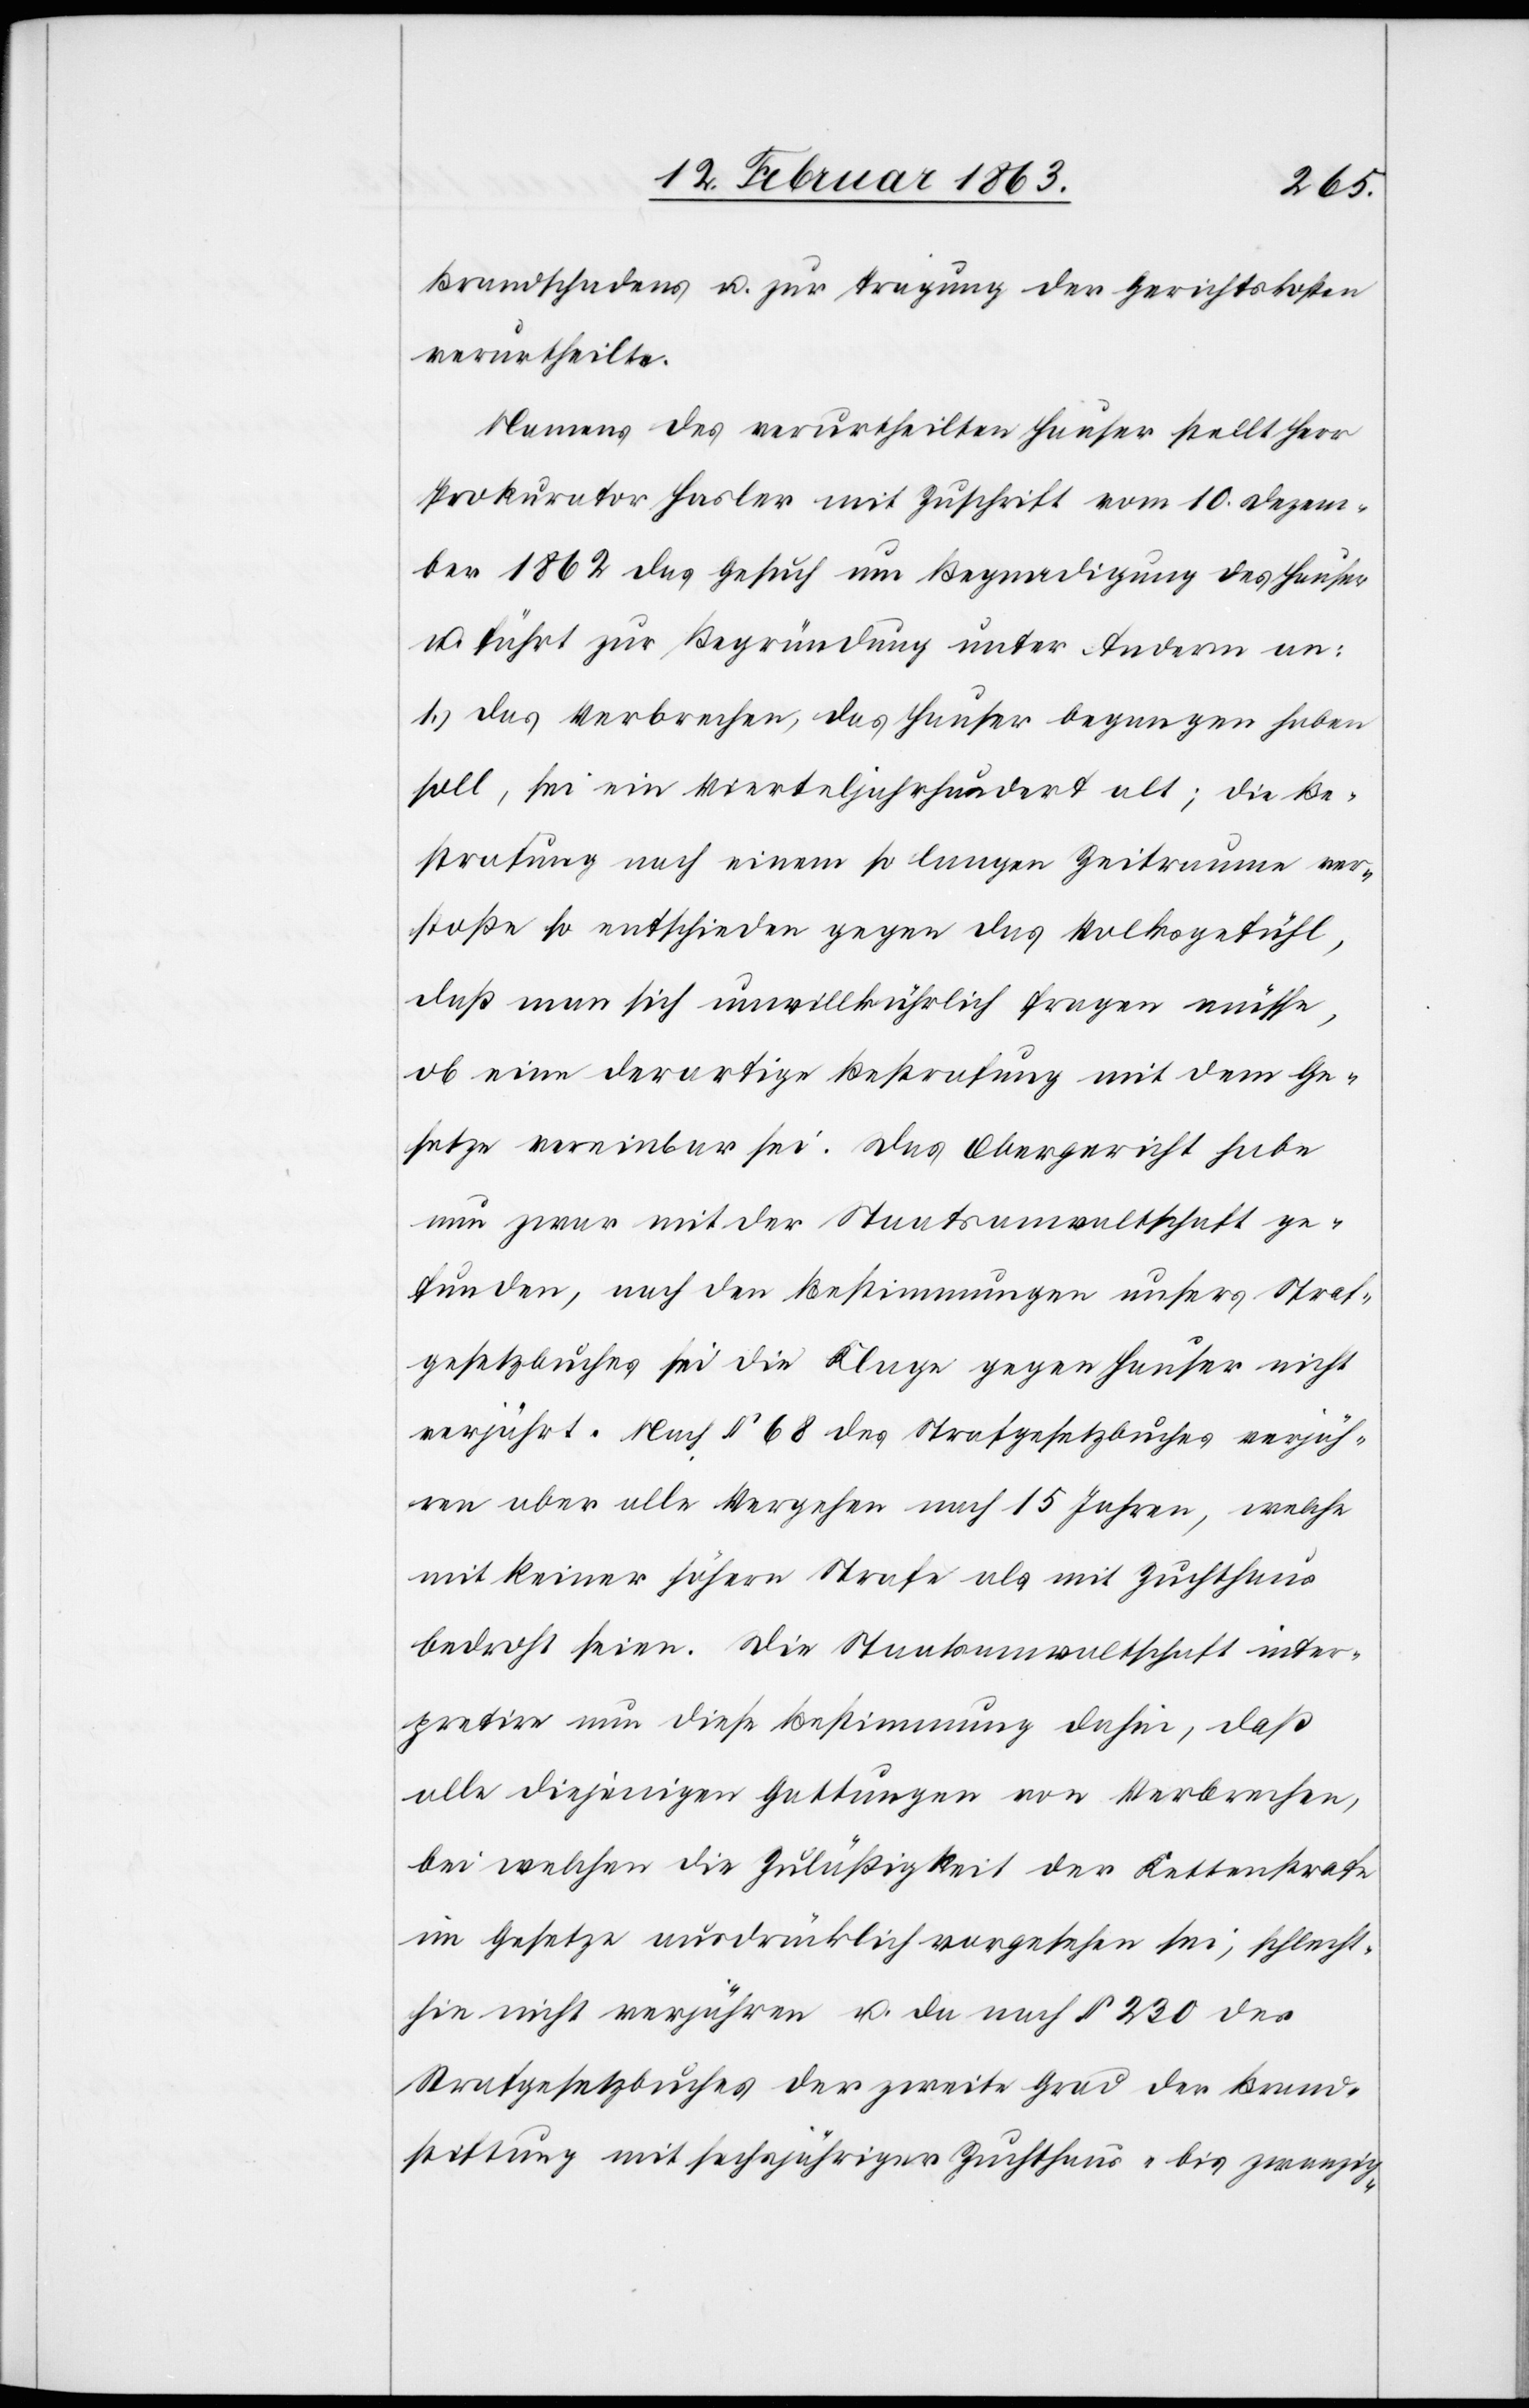
Brandschadens u. zur Tragung der Gerichtskosten
verurtheilte.
Namens des verurtheilten Hauser stellt Herr
Prokurator Hasler mit Zuschrift vom 10. Dezem¬
ber 1862 das Gesuch um Begnadigung des Hauser
u. führt zur Begründung unter Anderm an:
1.) Das Verbrechen, das Hauser begangen haben
soll, sei ein Vierteljahrhundert alt; die Be¬
strafung nach einem so langen Zeitraume ver¬
stoße so entschieden gegen das Volksgefühl,
daß man sich unwillkührlich fragen müsse,
ob eine derartige Bestrafung mit dem Ge¬
setze vereinbar sei. Das Obergericht habe
nun zwar mit der Staatsanwaltschaft ge¬
funden, nach den Bestimmungen unsers Straf¬
gesetzbuches sei die Klage gegen Hauser nicht
verjährt. Nach § 68 des Strafgesetzbuches verjäh¬
ren aber alle Vergehen nach 15 Jahren, welche
mit keiner höhern Strafe als mit Zuchthaus
bedroht seien. Die Staatsanwaltschaft inter¬
pretire nun diese Bestimmung dahin, daß
alle diejenigen Gattungen von Verbrechen,
bei welchen die Zuläßigkeit der Kettenstrafe
im Gesetze ausdrücklich vorgesehen sei, schlecht¬
hin nicht verjähren u. da nach § 230 des
Strafgesetzbuches der zweite Grad der Brand¬
stiftung mit sechsjähriger Zuchthaus- bis zwanzig-